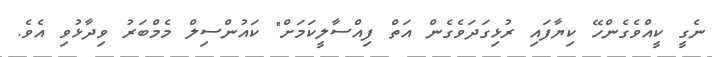
ނެގީ ކީއްވެގެންހޭ ކިޔާފައި ރުޅިގަދަވެގެން އަތް ފިއްސާލީކަމަށް" ކައުންސިލް މެމްބަރު ވިދާޅުވި އެވެ.